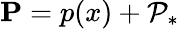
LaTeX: \mathbf{P}=p(x)+\mathcal{P}_{*}